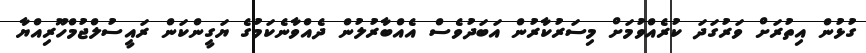
ގުޅުން އިތުރަށް ވަރުގަދަ ކުރެއްވުމަށް މިސަރުކާރުން އަބަދުވެސް އެއްބާރުލުން ދެއްވާނެކަމުގެ ޔަގީންކަން ރައީސުލްޖުމްހޫރިއްޔާ